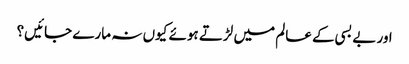
اور بے بسی کے عالم میں لڑتے ہوئے کیوں نہ مارے جائیں؟